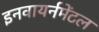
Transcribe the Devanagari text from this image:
इनवायर्नमेंटल